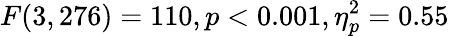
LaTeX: F(3,276)=110,p<0.001,\eta_{p}^{2}=0.55